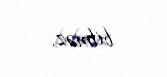
bilməz.